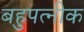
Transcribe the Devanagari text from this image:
बहुपत्‍नीक